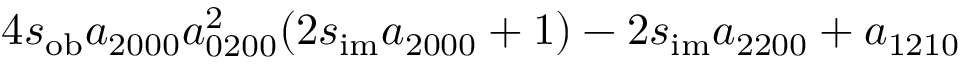
4 s _ { \mathrm { o b } } a _ { 2 0 0 0 } a _ { 0 2 0 0 } ^ { 2 } ( 2 s _ { \mathrm { i m } } a _ { 2 0 0 0 } + 1 ) - 2 s _ { \mathrm { i m } } a _ { 2 2 0 0 } + a _ { 1 2 1 0 }